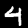
Digit: 4